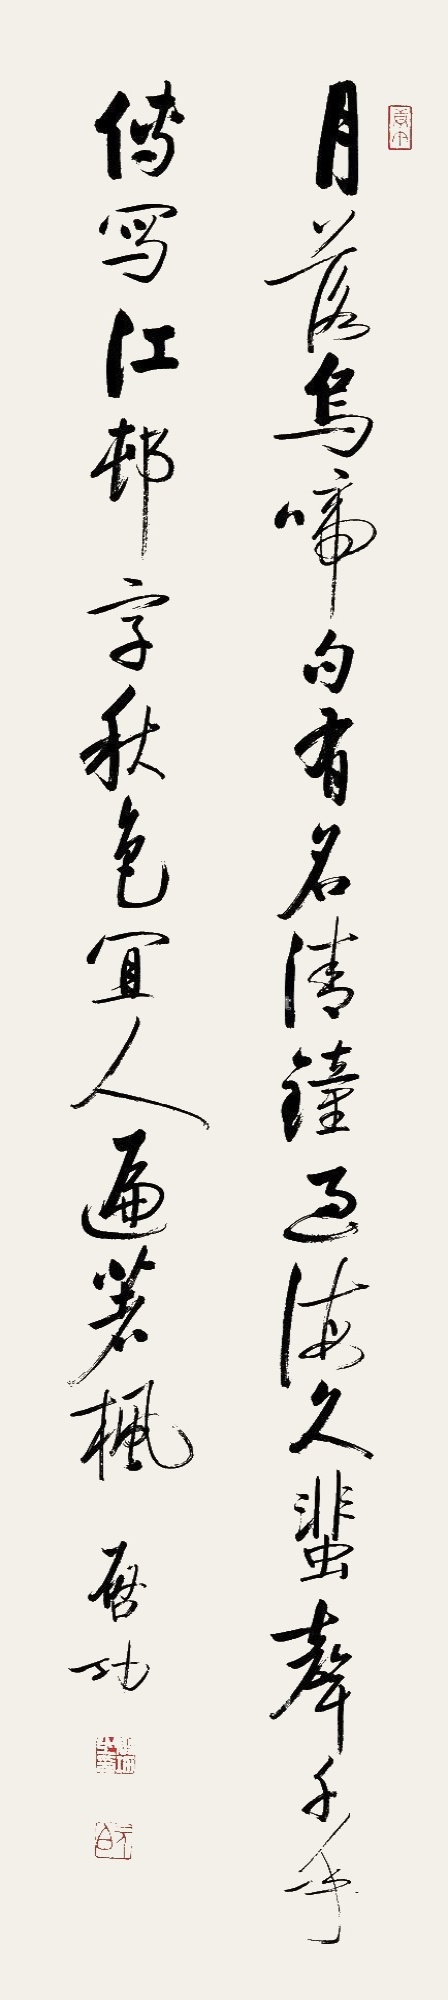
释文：月落乌啼句有名，清钟过海久蜚声。千年传写江村字，秋色宜人遍着枫。启功。